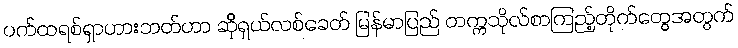
ပက်ထရစ်ရှာဟားဘတ်ဟာ ဆိုရှယ်လစ်ခေတ် မြန်မာပြည် တက္ကသိုလ်စာကြည့်တိုက်တွေအတွက်